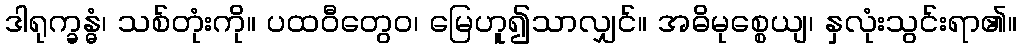
ဒါရုက္ခန္ဓံ၊ သစ်တုံးကို။ ပထဝီတွေဝ၊ မြေဟူ၍သာလျှင်။ အဓိမုစ္စေယျ၊ နှလုံးသွင်းရာ၏။